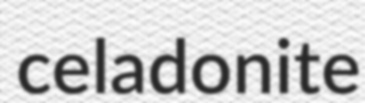
celadonite